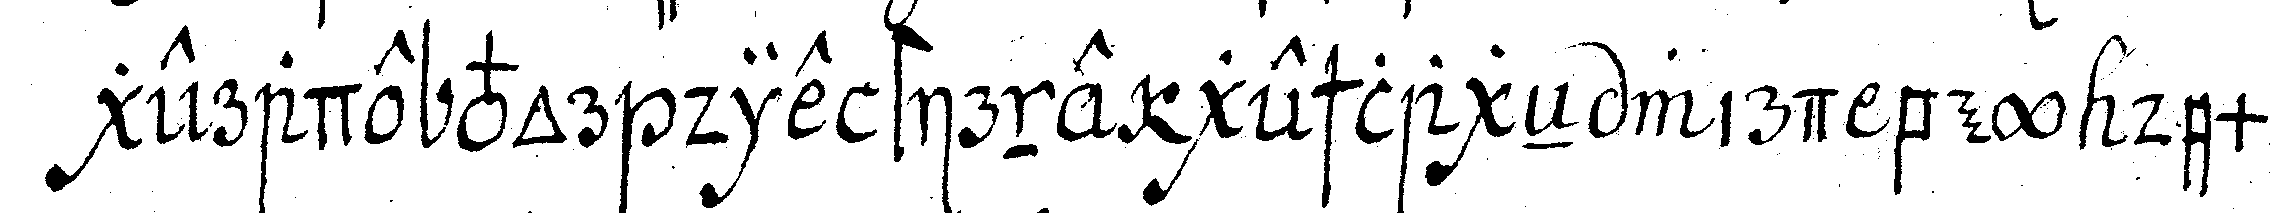
gerade vor die stirne geschlageN wird bey dem